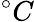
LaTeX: ^{\circ}C